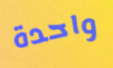
واحدة